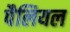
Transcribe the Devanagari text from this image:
पैलियल